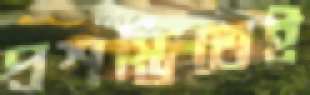
প্রশস্তিতেই